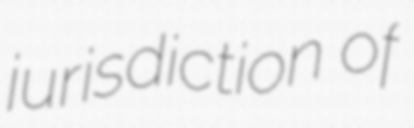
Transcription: jurisdiction of